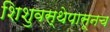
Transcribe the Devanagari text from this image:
शिशुवस्थेपासूनच